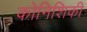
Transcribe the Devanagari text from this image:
कोनिशिकी